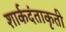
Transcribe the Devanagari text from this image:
शार्कदंताकृती